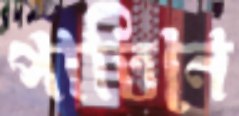
পাতিনে